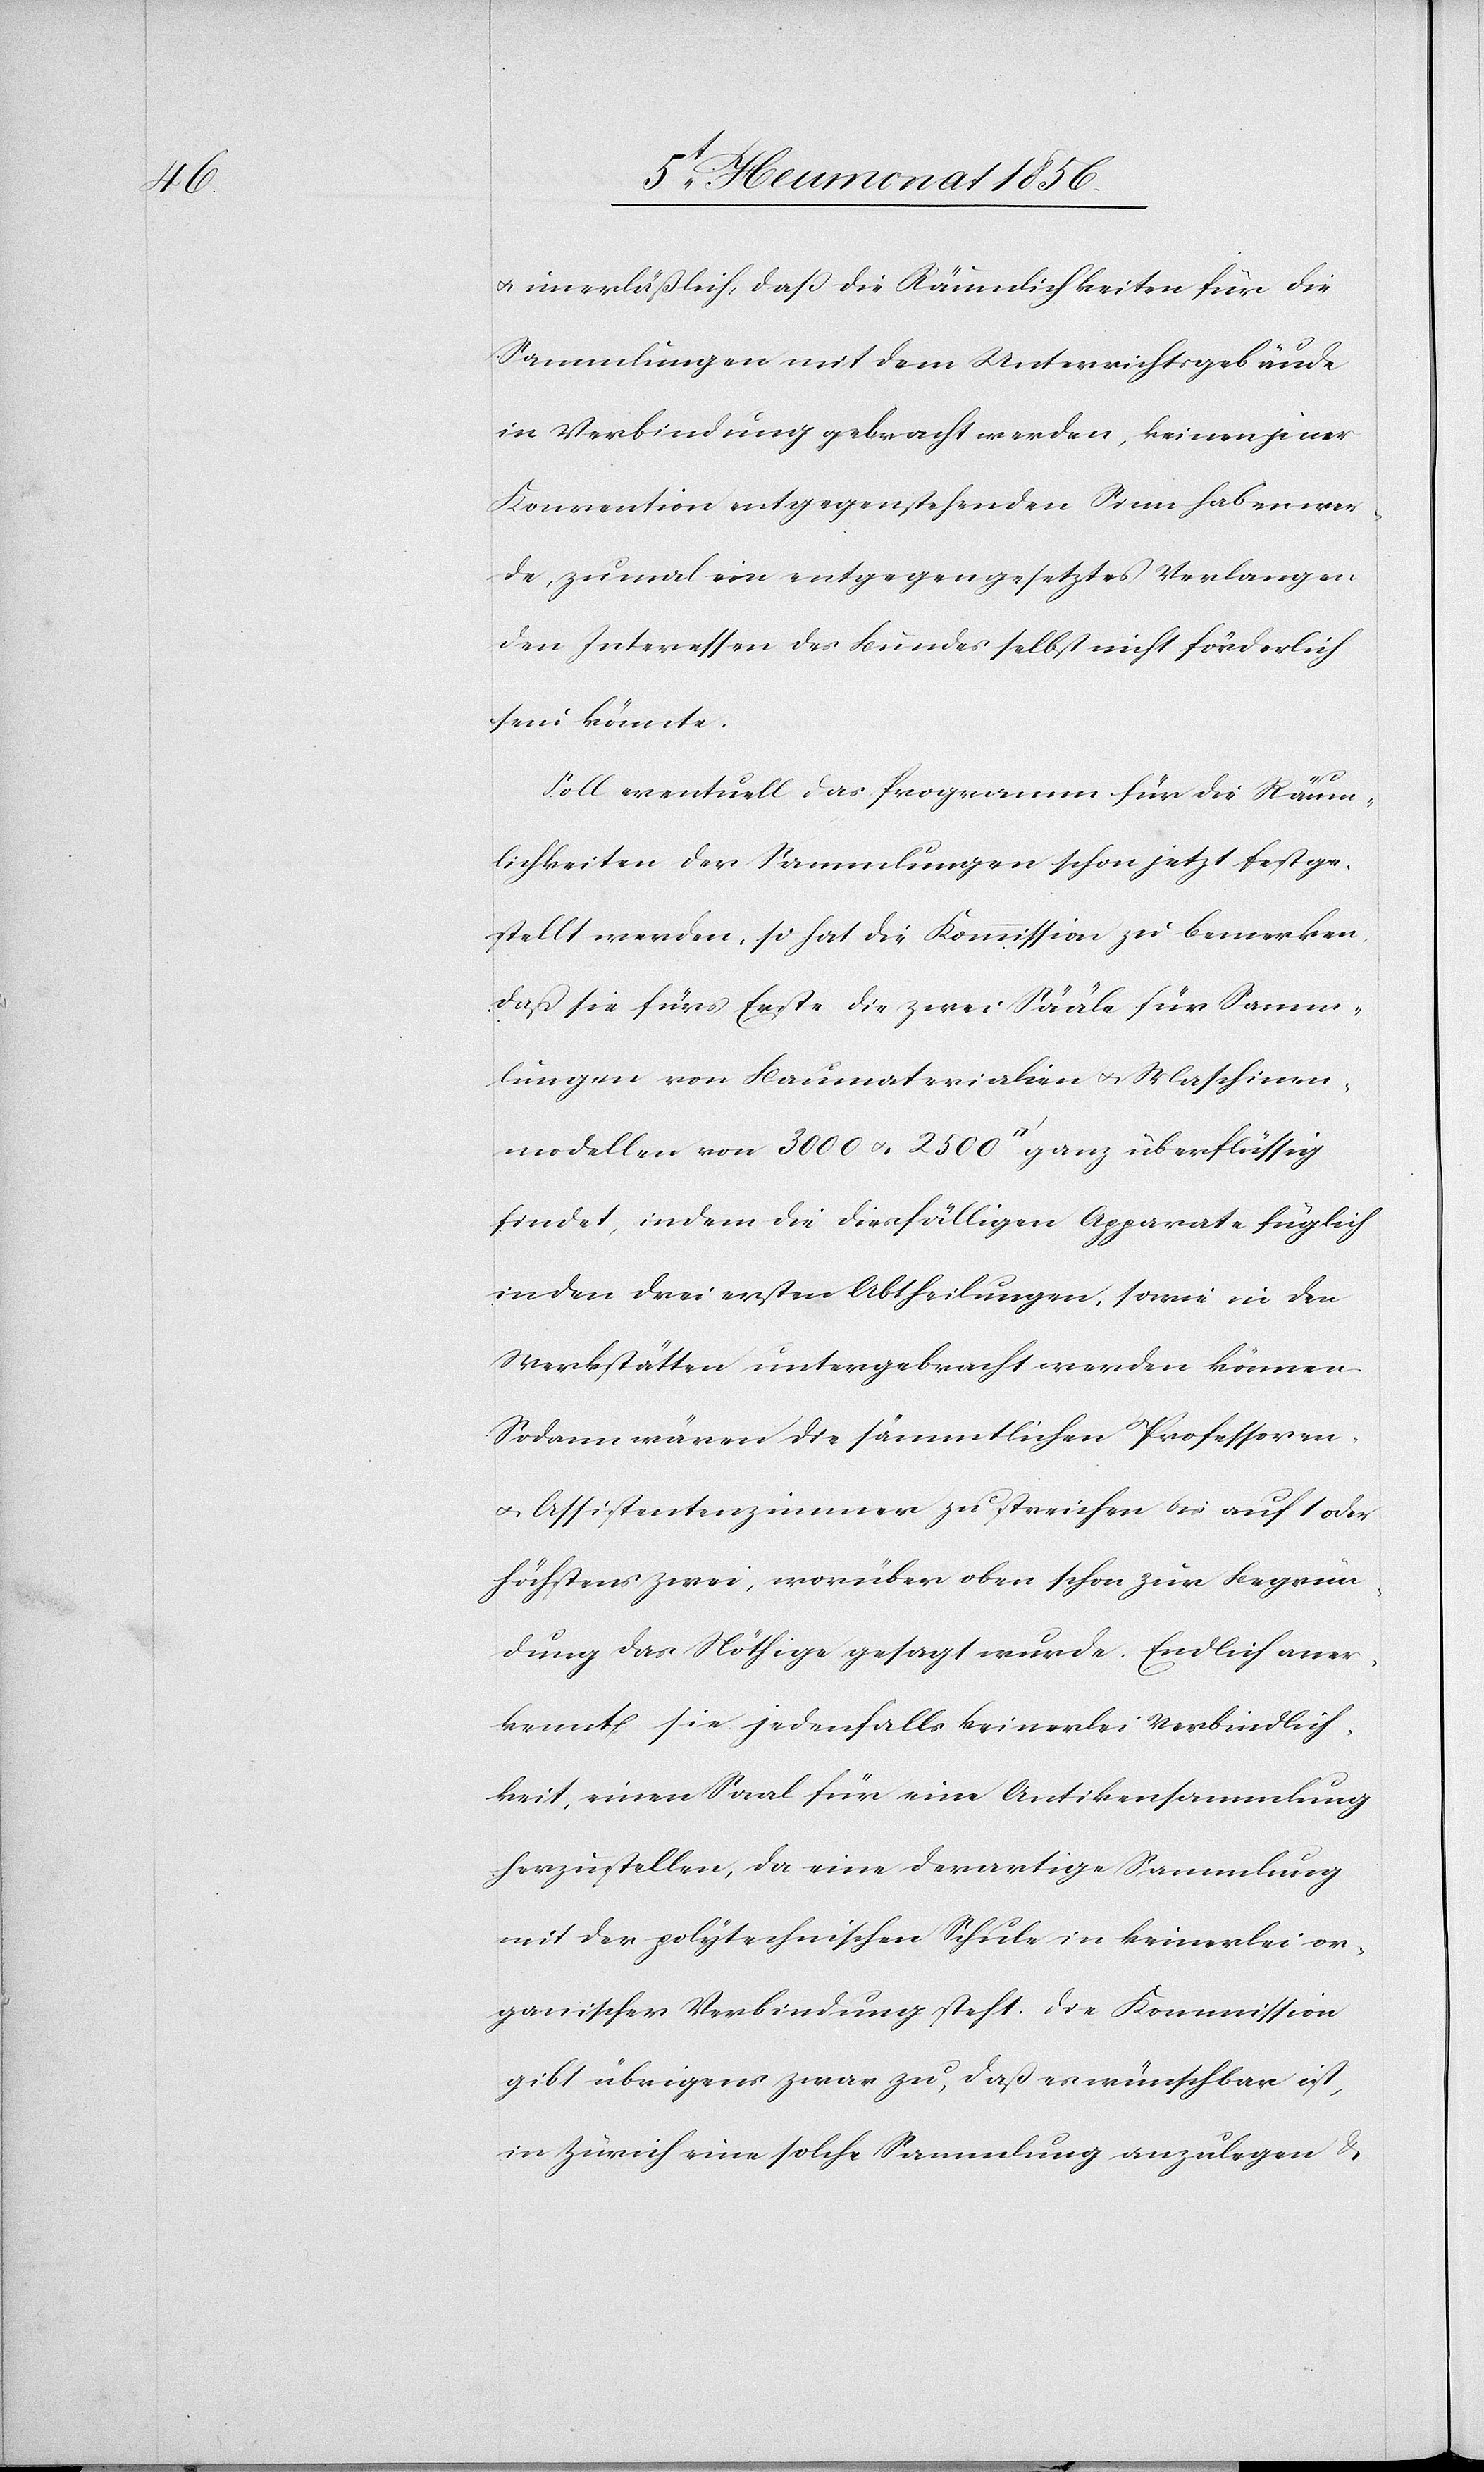
u. unerläßlich, daß die Räumlichkeiten für die
Sammlungen mit dem Unterrichtsgebäude
in Verbindung gebracht werden, keinen jener
Konvention entgegenstehenden Sinn haben wer¬
de, zumal ein entgegengesetztes Verlangen
den Interessen des Bundes selbst nicht förderlich
sein könnte.
Soll eventuell das Programm für die Räum¬
lichkeiten der Sammlungen schon jetzt festge¬
stellt werden, so hat die Kommission zu bemerken,
daß sie fürs Erste die zwei Sääle für Samm¬
lungen von Baumaterialien u. Maschinen¬
modellen von 3000 u. 2500 [Quadratfuss] ganz überflüssig
findet, indem die diesfälligen Apparate füglich
in den drei ersten Abtheilungen, sowie in den
Werkstätten untergebracht werden können.
Sodann wären die sämmtlichen Professoren-
u. Assistentenzimmer zu streichen bis auf 1oder
höchstens zwei, worüber oben schon zur Begrün¬
dung das Nöthige gesagt wurde. Endlich aner¬
kennt sie jedenfalls keinerlei Verbindlich¬
keit, einen Saal für eine Antikensammlung
herzustellen, da eine derartige Sammlung
mit der polytechnischen Schule in keinerlei or¬
ganischer Verbindung steht. Die Kommission
gibt übrigens zwar zu, das es wünschbar ist,
in Zürich eine solche Sammlung anzulegen &